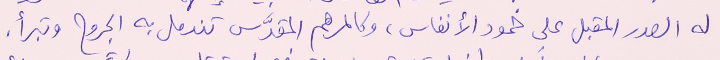
له الصدر المقبل على خمود الأنفاس، وكالمرهم المقدَّس تندمل به الجروح وتبرأ.